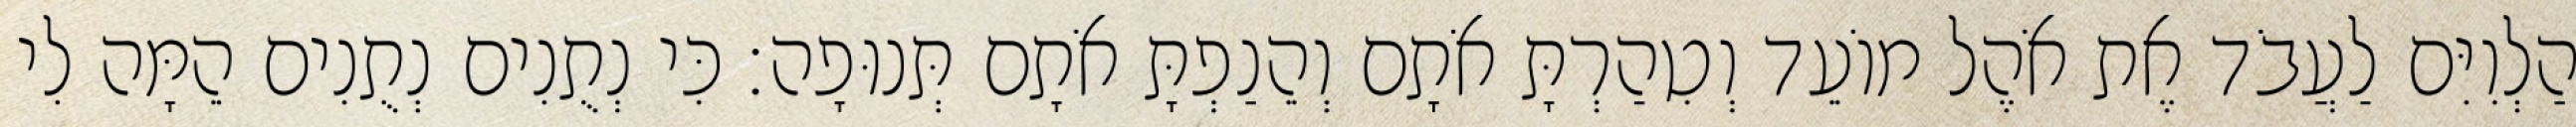
הַלְוִיִּם לַעֲבֹד אֶת אֹהֶל מוֹעֵד וְטִהַרְתָּ אֹתָם וְהֵנַפְתָּ אֹתָם תְּנוּפָה׃ כִּי נְתֻנִים נְתֻנִים הֵמָּה לִי